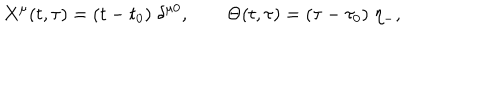
LaTeX: X ^ { \mu } ( t , \tau ) = ( t - t _ { 0 } ) \; \delta ^ { \mu 0 } , \quad \quad \Theta ( t , \tau ) = ( \tau - \tau _ { 0 } ) \; \eta _ { - } ,